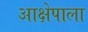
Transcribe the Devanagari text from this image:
आक्षेपाला